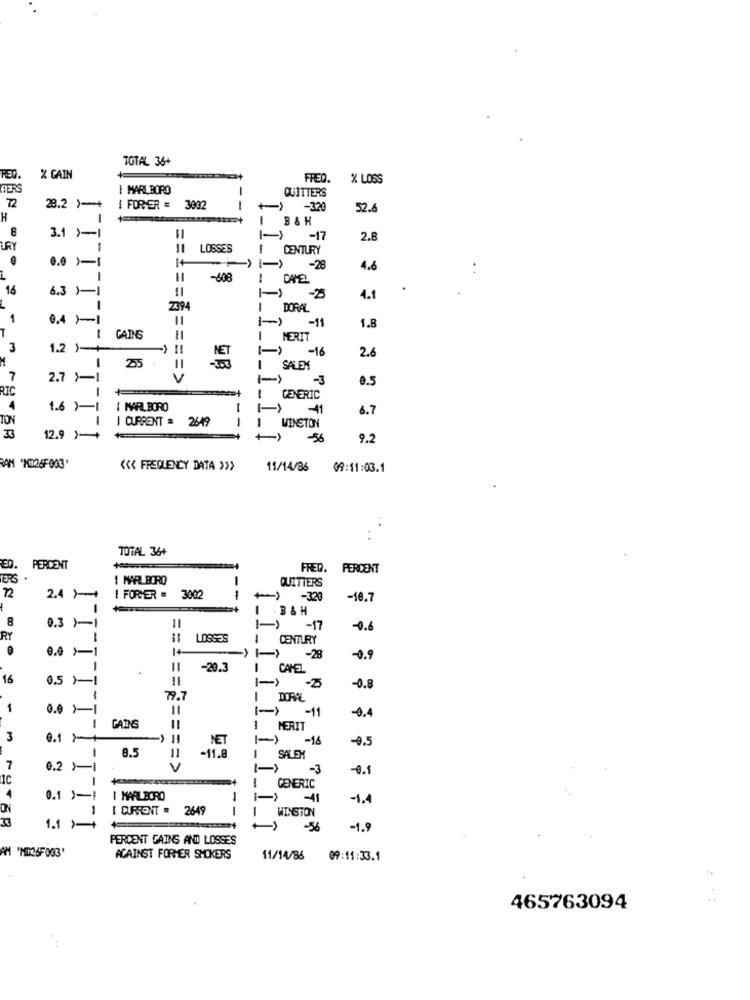
TOTAL 36+
% GAIN
FREQ.
X LOSS
GERS
MARLBORO
QUITTERS
28.2 )-4
I FORER = 3002
--
-> -320
52.6
H
-
B& H
8
3.1 )-1
-> -17
2.8
RY
LOSSES
CENTURY
--
0.0 )-1
-28
4.6
11
-608
1
CAMEL
16
6.3 )-1
4.1
I
2394
= === = 8
DORAL
1
0.4 1-1
1-> -11
1.8
1
CAINS
MERIT
3
1.2 )-
(-)
-16
2.6
1
25
1
SALEN
7
2.7 1-1
==== >
-3
0.5
RIC
1
I->
! GENERIC
4
1.6 1-1
I MARLBORO
-
6.7
TON
-
I CURRENT = 2649
WINSTON
33
12.9 )-+
->
-56
9.2
<<< FREQUENCY DATA >>>
11/14/36 09:11:03.1
TOTAL 36+
ED.
PERCENT
FRED. PERCENT
TERS
I MARLBORO
-
QUITTERS
2.4 )-+
I FORVER = 3002
-
1
-320
-10.7
. B & H
8
0.3 )-1
-17
-0.6
RY
==
LOSSES
1
CENTURY
1+
0.0 >-1
-28
-0.9
-20.3
I CHEL
16
0.5 )-
I->
-0.8
79.7
DORAL
1
0.0 ›-1
-11
-0.1
GAINS
1
MERIT
3
0.1 >+
NET
1->
-16
8.5
11
-0.5
-11.8
SALEM
7
0.2 )
V
-3
-0.1
1C
1
GENERIC
4
0.1
I MARLBORO
-
-41
-1.4
1
I CURRONT = 2649
WINSTON
1.1 )+
-56
-1.9
PERCENT GAINS AND LOSSES
AM "MID26F003'
AGAINST FORMER SMOKERS
11/14/86 09:15:33.1
465763094